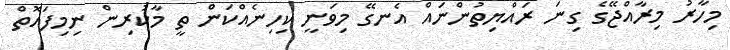
މިހާރު މިރާއްޖޭގެ ގިނަ ރައްޔިތުންނައް އެނގޭ މިވަނީ ކިހިނެއްކަން ތީ މާކުރިން ނިމިފައޮތް